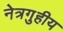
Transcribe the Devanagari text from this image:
नेत्रगुहीय